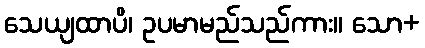
သေယျထာပိ၊ ဥပမာမည်သည်ကား။ သော+